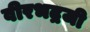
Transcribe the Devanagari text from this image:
वीरभद्रजी